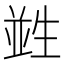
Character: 𤯭